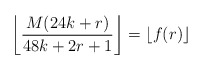
\begin{align*}\left\lfloor \frac{M(24k+r)}{48k+2r+1} \right\rfloor = \left\lfloor f(r) \right\rfloor \end{align*}